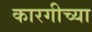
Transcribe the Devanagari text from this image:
कारगीच्या